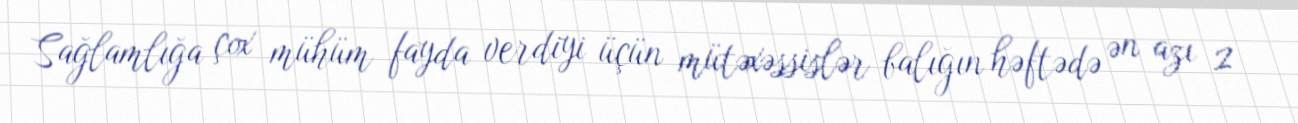
Sağlamlığa çox mühüm fayda verdiyi üçün mütəxəssislər balığın həftədə ən azı 2